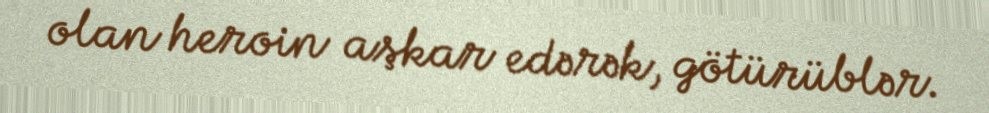
olan heroin aşkar edərək, götürüblər.